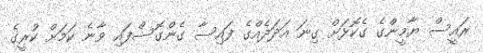
ރައީސް ޔާމީންގެ ގެކޮޅަށް ގިނަ އަދަދެއްގެ ފައިސާ ގެންގޮސްފައި ވާނެ ކަމަށް ކުރީގެ